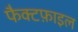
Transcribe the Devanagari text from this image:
फैक्टफ़ाइल